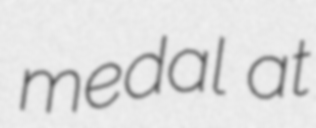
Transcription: medal at